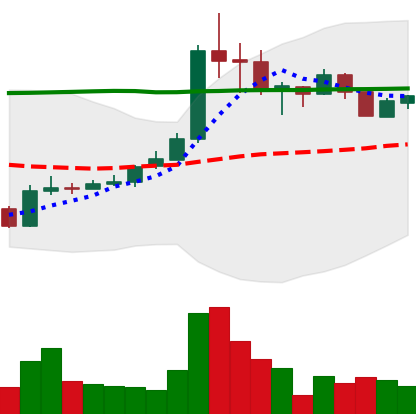
Ticker: BTC-USD
Chart end date: 2015-06-26
Forward return: 6.169%
Label: up_5_7